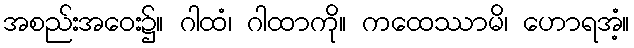
အစည်းအဝေး၌။ ဂါထံ၊ ဂါထာကို။ ကထေဿာမိ၊ ဟောရအံ့။